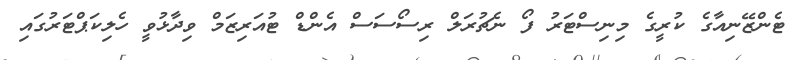
ޓެންޒޭނިއާގެ ކުރީގެ މިނިސްޓަރު ފޯ ނެޗުރަލް ރިސޯސަސް އެންޑް ޓުއަރިޒަމް ވިދާޅުވީ ހެލިކަޕްޓަރުގައި